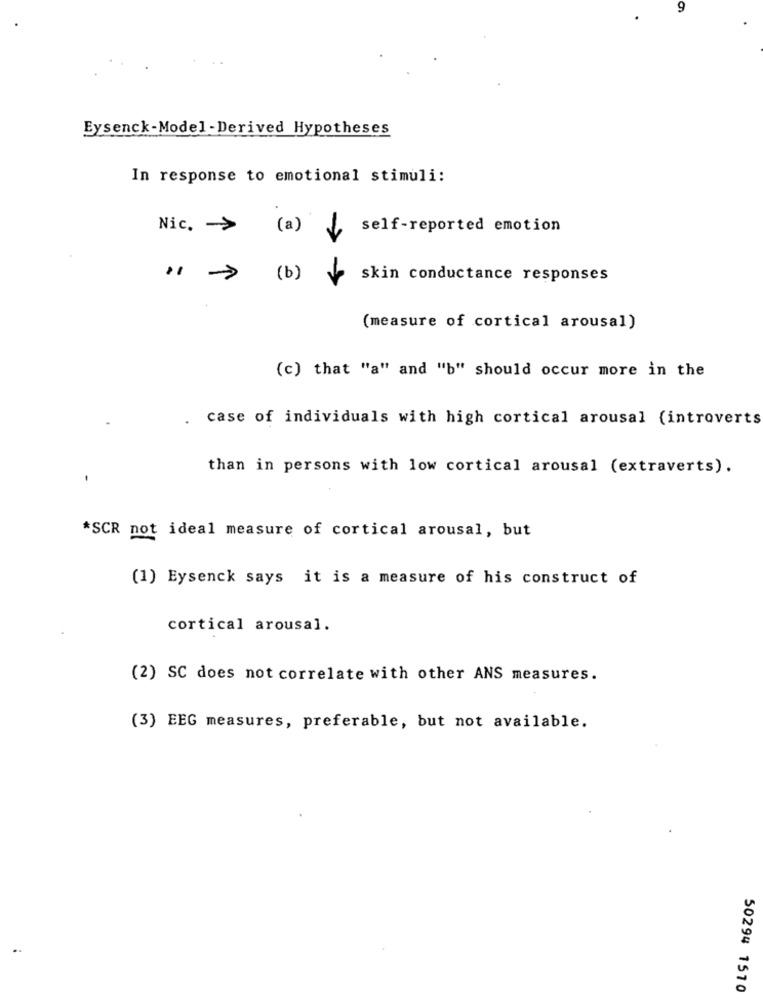
9
Eysenck-Model-Derived Hypotheses
In response to emotional stimuli:
Nic. - >
(a)
self-reported emotion
(b)
skin conductance responses
(measure of cortical arousal)
(c) that "a" and "b" should occur more in the
case of individuals with high cortical arousal (introverts
than in persons with low cortical arousal (extraverts).
*SCR not ideal measure of cortical arousal, but
(1) Eysenck says it is a measure of his construct of
cortical arousal.
(2) SC does not correlate with other ANS measures.
(3) EEG measures, preferable, but not available.
50294 1510